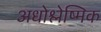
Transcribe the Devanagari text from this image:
अधोश्लेष्मिक